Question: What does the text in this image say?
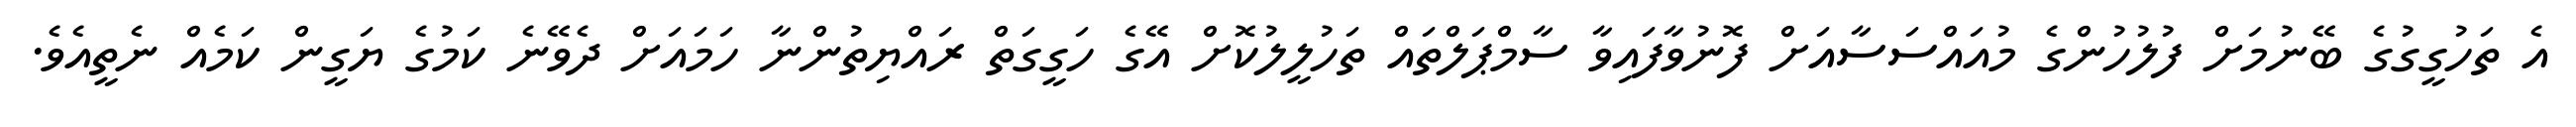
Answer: އެ ތަހުގީގުގެ ބޭނުމަށް ފުލުހުންގެ މުއައްސަސާއަށް ފޮނުވާފައިވާ ސާމްޕަލްތައް ތަހުލީލުކޮށް އޭގެ ހަގީގަތް ރައްޔިތުންނާ ހަމައަށް ދެވޭނެ ކަމުގެ ޔަގީން ކަމެއް ނެތީއެވެ.